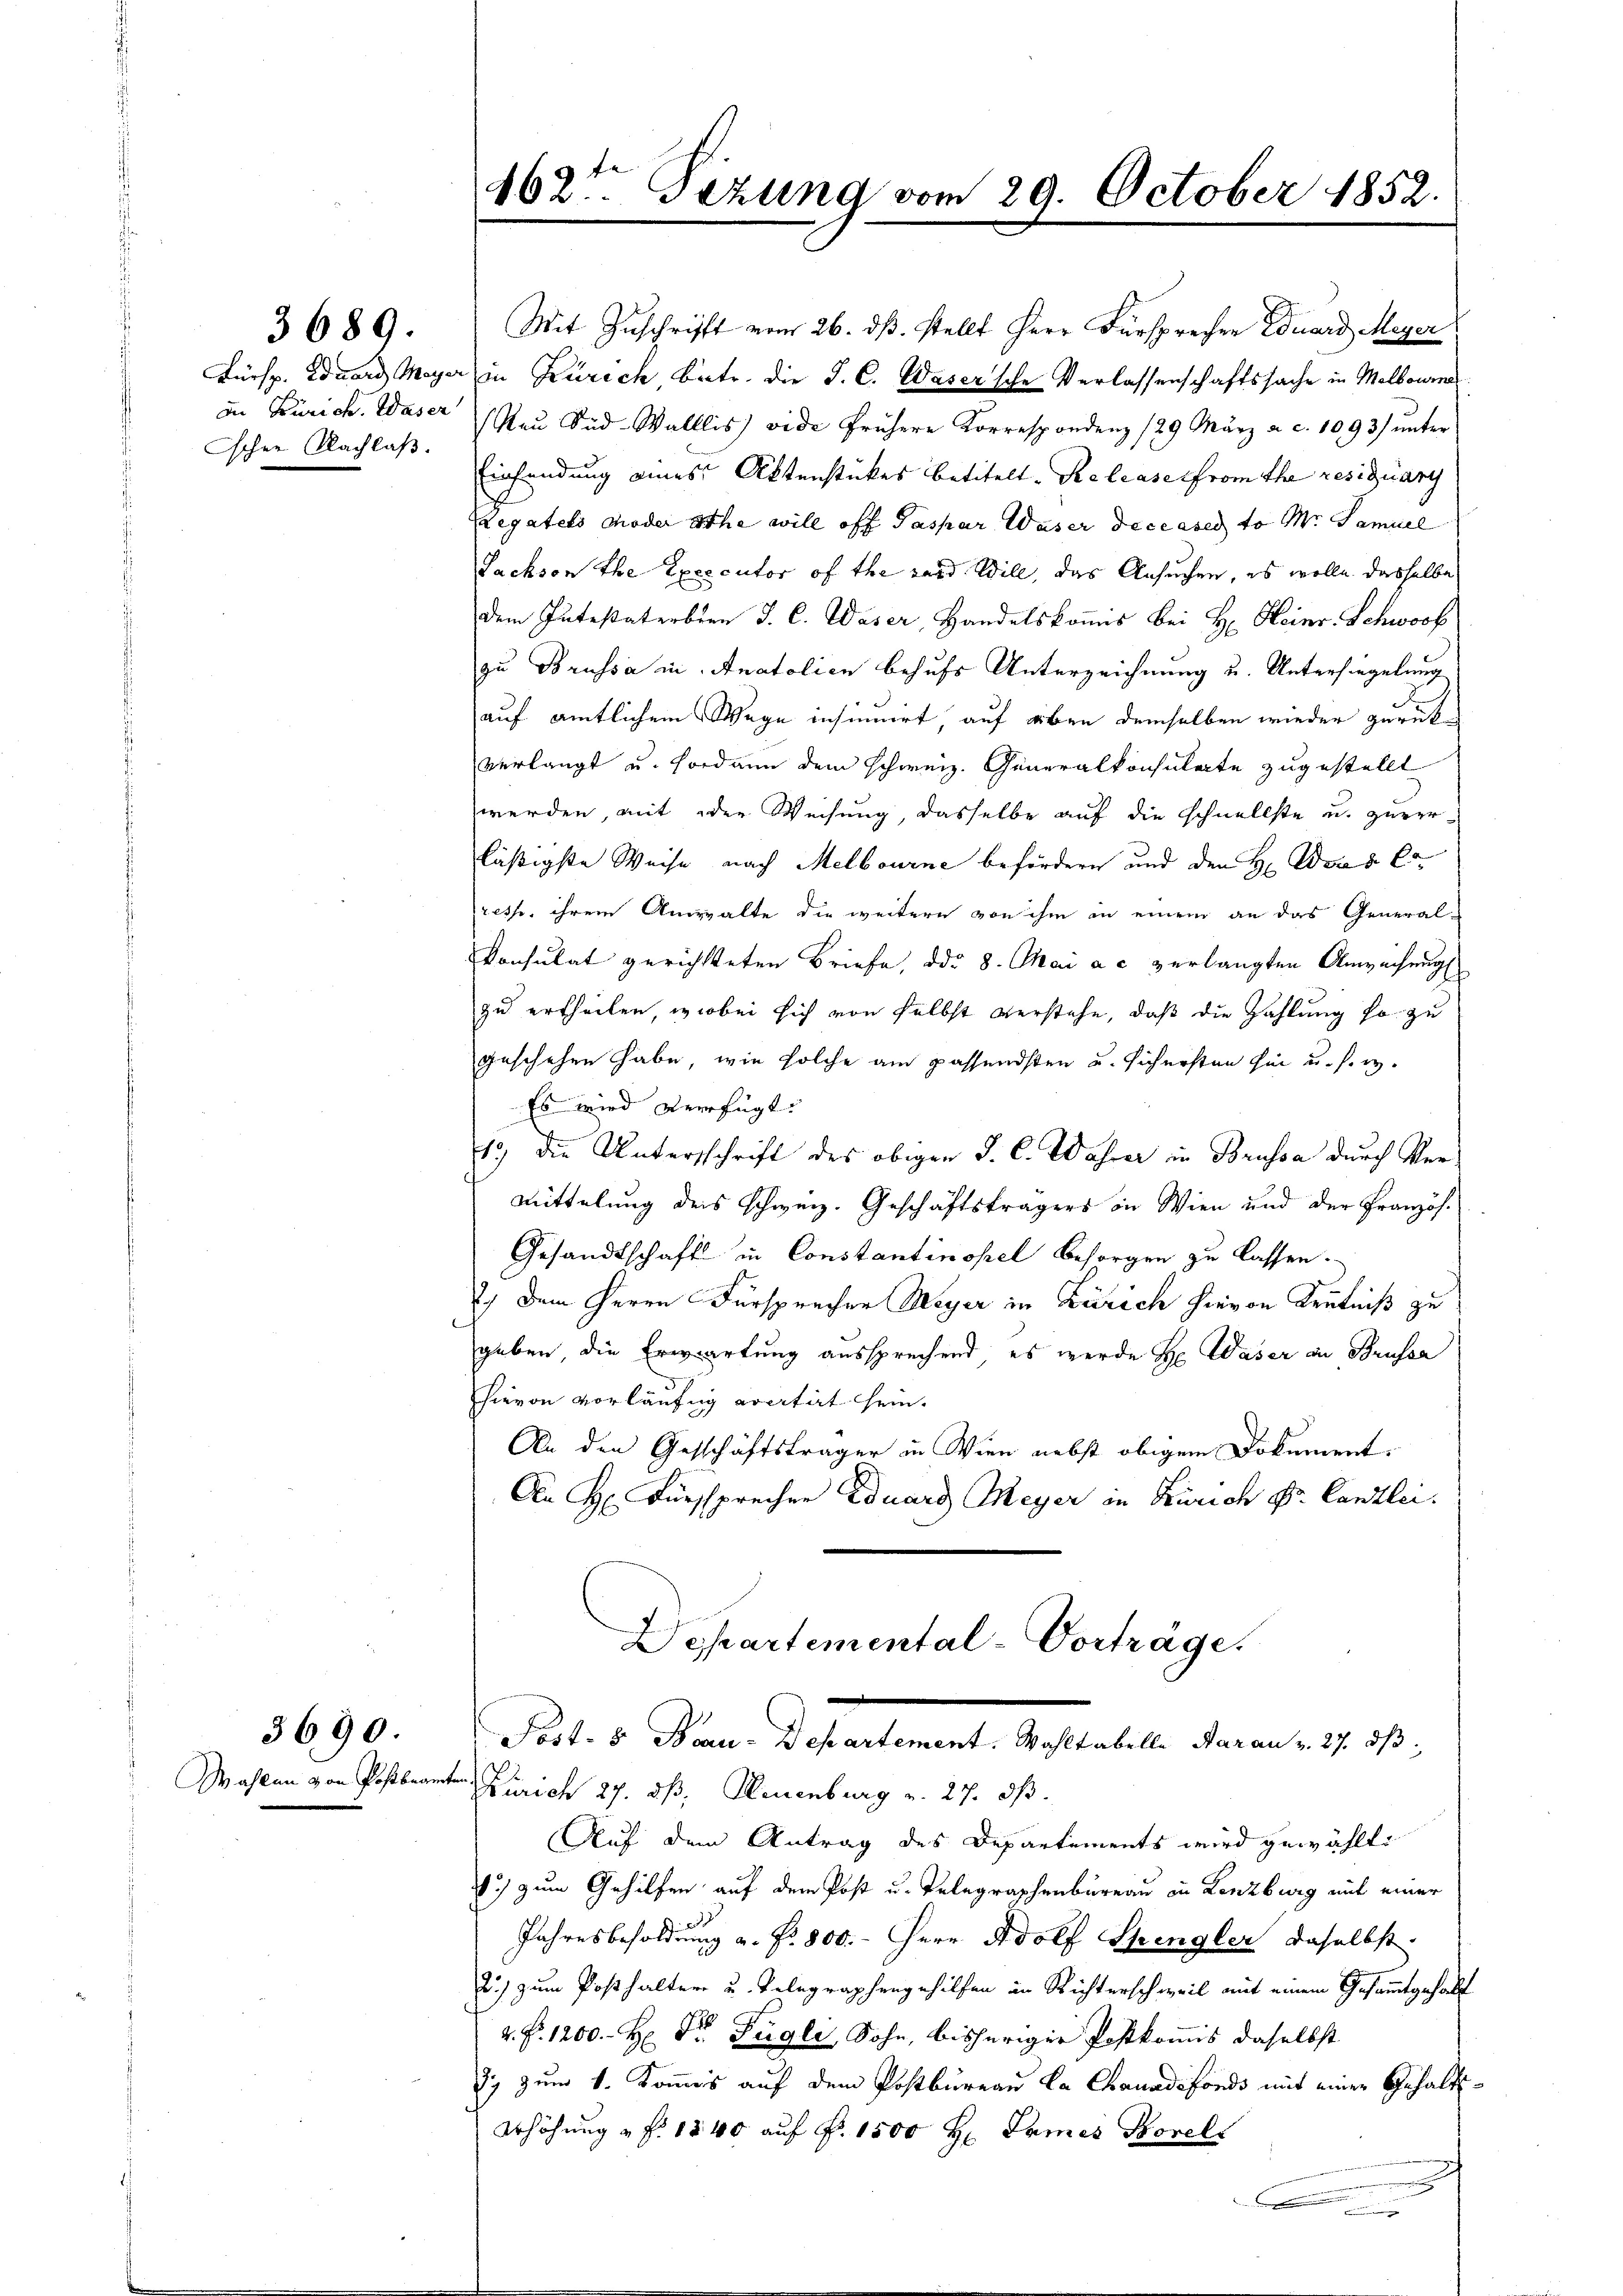
Fürsp. Eduard Meyer
in Zürich. Waser
scher Nachlaβ.

3689.

3690

Wahlen von Postbrann

Mit Zuschrifft vom 26. ds. stellt Herr Fürsprechen Eduard Meyer

162t Fezung vom 29. October 1852.

in Zürich betr. die J. C. Waser'sche Verlassenschaftssache in Melbourna
Raŭ Süd-Wallis vide frühere Korrespondenz 129 März a. c. 1093) ŭnter
Einsendung eines Aktenstückes betitelt. Kelcaserfrom the residuang
Legatels moder athe will off Paspar Waser deceeser to M. Samuel
Sachson the Executor of the sard Will, das Ansuchen, es wolle dasselbe
dem Intestaterbren J. C. Waser, Handelskommis bei H. Heinr. Schwock
zu Brussa in Anatolice behufs Unterzeichnung u. Untersiegelung
auf amtlichem Wege insinnert auf eben demselben wieder zurückverlangt u. sodann dem schweiz. Generalkonsulate zugestellt
werden, mit der Weisung, dasselbe auf die Schnellste u. zuverläßigste Weise nach Melbourne befördern und den H. Waren Co
resp. ihrem Anwalte die weitern von ihm in einem an das General-
Konsulat gerichtteten Briefe, ddr 8. Mai a c verlangten Anwachung
zu ertheilen, wobei sich von selbst verstehe, daß die Zahlung so zu
geschehen habe, wie solche am passendsten u. sichersten zur u. s. w.
Es wird verfügt. |
12) Die Unterschrift des obigen J. C. Wahrer in Brussa durch Ver¬
Mittelung des schweiz. Geschäftsträgers in Wien und der Französ.
Gesandtschaft in Constantinopel besorgen zu lassen.
J) Dem Herrn Fürsprechen Meyer in Zürich hievon Kenntniß zu
geben, die Erwartung aussprechend, es werde Hr. Waser in Brufsa
hievon vorläufig erartirt sein.
An den Geschäftsträger in Wien nebst obigem Dokument.
An H. Fürsprechen Eduard Meyer in Zürich Dr. Canzlei.
Departemental-Vorträge.
Post- & Bau-Departement. Wohltabelle daran z. 27. ds.
Zürich 27. ds, Neuenburg v. 27. ds.
Auf dem Antrag des Departements wird gewählt:
10.) zum Gehilfen auf dem Post u. Telegraphenbureau in Lenzburg mit einer
Jahresbesoldung a. Nr. 800. - Herr Adolf Spengler daselbst
2.) zum Posthalter u. Telegraphengehilfen in Richterschweil mit einem Gesammtgehalt
2. Fr. 1200.- H Dr. Fügli, Sohn, bisheriger Postkommis daselbst
dy zum 1. Kommes auf dem Postbureau La Chanadifonds mit einer Gehalts¬
Erhöhung u. f. 1240 auf Fr. 1500 H Pames Borell
.